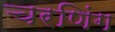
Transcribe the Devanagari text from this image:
चरणिंग